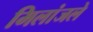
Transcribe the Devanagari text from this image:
मिलांजले